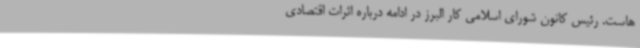
هاست. رئیس کانون شورای اسلامی کار البرز در ادامه درباره اثرات اقتصادی